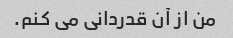
من از آن قدردانی می کنم.